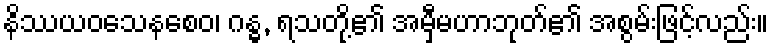
နိဿယဝသေနစေဝ၊ ဂန္ဓ, ရသတို့၏ အမှီမဟာဘုတ်၏ အစွမ်းဖြင့်လည်း။